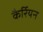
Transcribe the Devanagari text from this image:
कैर्रियन